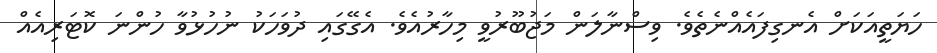
ހަޔަތީއަކަށް އެނގިފައެއްނެތެވެ. ވިސްނާލަން މަޖުބޫރުވީ މިހާރުއެވެ. އެގޭގައި ދުވަހަކު ނުހުޅުވާ ހުންނަ ކޮޓަރިއެއް